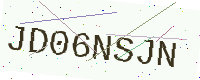
Text: JD06NSJN